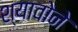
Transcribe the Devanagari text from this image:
श्यावोने